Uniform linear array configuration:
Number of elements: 64
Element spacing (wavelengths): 0.75
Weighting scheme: blackman
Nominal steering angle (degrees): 45
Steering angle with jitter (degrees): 43.906
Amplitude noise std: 0.05
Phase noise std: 0.05

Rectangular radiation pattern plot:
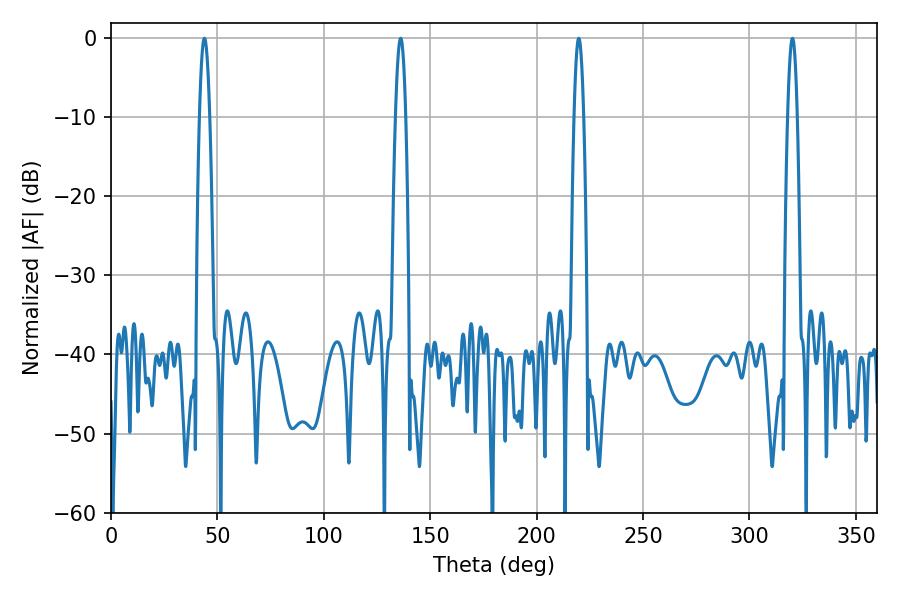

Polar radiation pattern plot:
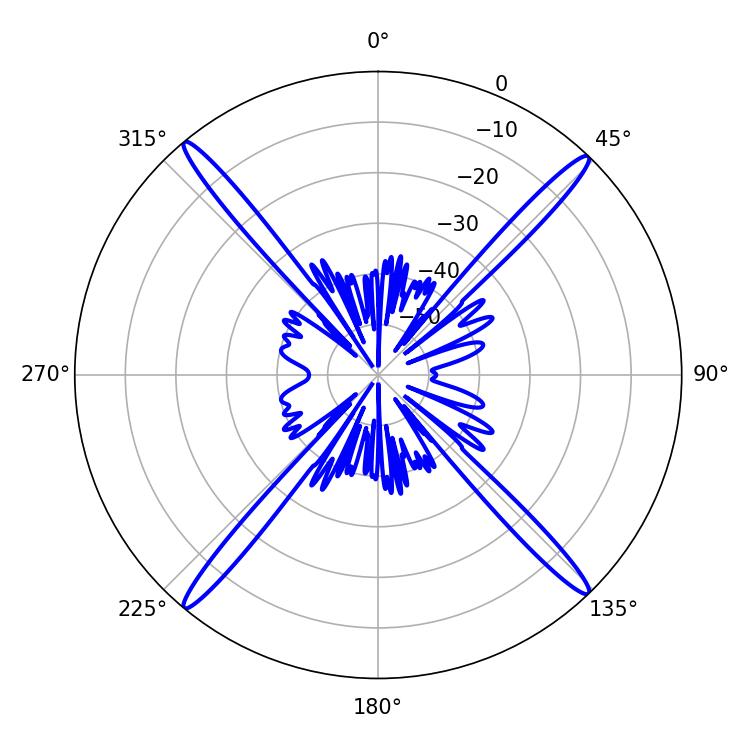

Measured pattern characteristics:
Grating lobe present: TRUE
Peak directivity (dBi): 23.236
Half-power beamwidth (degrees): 2.52
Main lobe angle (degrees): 219.78